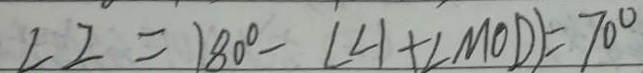
\angle 2 = 1 8 0 ^ { \circ } - ( \angle 1 + \angle M 0 D ) = 7 0 ^ { \circ }